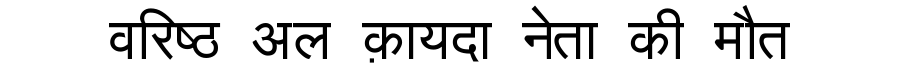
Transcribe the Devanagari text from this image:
वरिष्ठ अल क़ायदा नेता की मौत